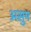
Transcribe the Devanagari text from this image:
असुम